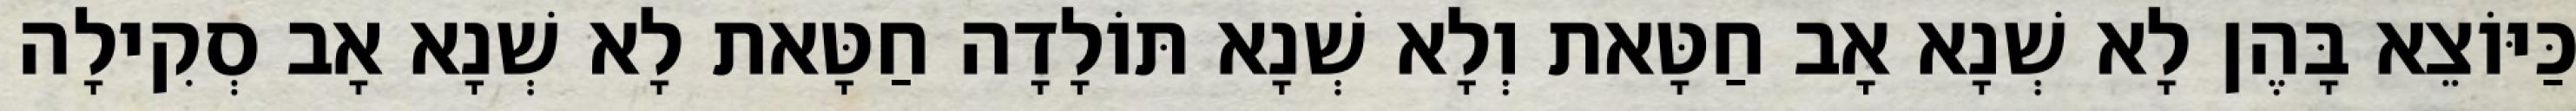
כַּיּוֹצֵא בָּהֶן לָא שְׁנָא אָב חַטָּאת וְלָא שְׁנָא תּוֹלָדָה חַטָּאת לָא שְׁנָא אָב סְקִילָה